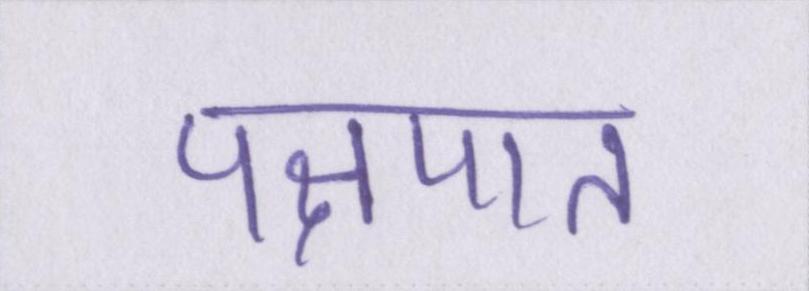
पक्षपात